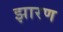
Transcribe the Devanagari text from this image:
झारण